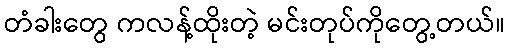
တံခါးတွေ ကလန့်ထိုးတဲ့ မင်းတုပ်ကိုတွေ့တယ်။